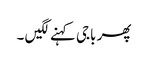
پھر باجی کہنے لگیں ۔